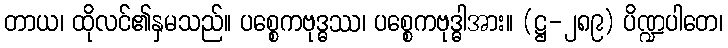
တာယ၊ ထိုလင်၏နှမသည်။ ပစ္စေကဗုဒ္ဓဿ၊ ပစ္စေကဗုဒ္ဓါအား။ (ဋ္ဌ-၂၈၉) ပိဏ္ဍပါတေ၊